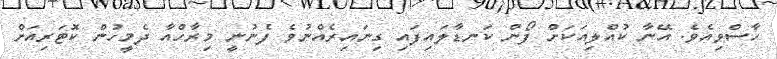
ހާސްވިއެވެ. އޭނާ ކުއްލިއަކަށް ފޯން ކަނޑާލައިފައި ގިނައިރެއްނުވެ ފެނުނީ މިރާހްއާ ދެމީހުން ކޮޓަރިއަށް